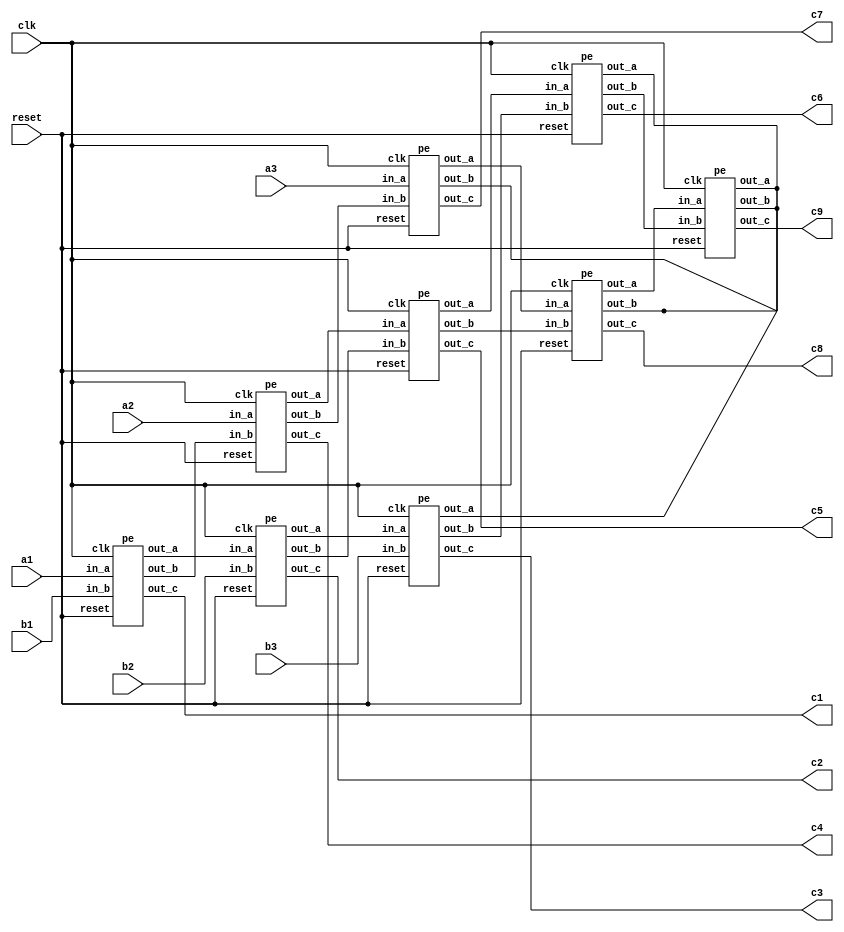
module top(clk,reset,a1,a2,a3,b1,b2,b3,c1,c2,c3,c4,c5,c6,c7,c8,c9);

 parameter data_size=8;
 input wire clk,reset;
 input wire [data_size-1:0] a1,a2,a3,b1,b2,b3;
 output wire [2*data_size:0] c1,c2,c3,c4,c5,c6,c7,c8,c9;
 
 wire [data_size-1:0] a12,a23,a45,a56,a78,a89,b14,b25,b36,b47,b58,b69;
 
 pe pe1 (.clk(clk), .reset(reset), .in_a(a1), .in_b(b1), .out_a(a12), .out_b(b14), .out_c(c1));
 pe pe2 (.clk(clk), .reset(reset), .in_a(a12), .in_b(b2), .out_a(a23), .out_b(b25), .out_c(c2));
 pe pe3 (.clk(clk), .reset(reset), .in_a(a23), .in_b(b3), .out_a(), .out_b(b36), .out_c(c3));
 pe pe4 (.clk(clk), .reset(reset), .in_a(a2), .in_b(b14), .out_a(a45), .out_b(b47), .out_c(c4));
 pe pe5 (.clk(clk), .reset(reset), .in_a(a45), .in_b(b25), .out_a(a56), .out_b(b58), .out_c(c5));
 pe pe6 (.clk(clk), .reset(reset), .in_a(a56), .in_b(b36), .out_a(), .out_b(b69), .out_c(c6));
 pe pe7 (.clk(clk), .reset(reset), .in_a(a3), .in_b(b47), .out_a(a78), .out_b(), .out_c(c7));
 pe pe8 (.clk(clk), .reset(reset), .in_a(a78), .in_b(b58), .out_a(a89), .out_b(), .out_c(c8));
 pe pe9 (.clk(clk), .reset(reset), .in_a(a89), .in_b(b69), .out_a(), .out_b(), .out_c(c9));

endmodule

module pe(clk,reset,in_a,in_b,out_a,out_b,out_c);

 parameter data_size=8;
 input wire reset,clk;
 input wire [data_size-1:0] in_a,in_b;
 output reg [2*data_size:0] out_c;
 output reg [data_size-1:0] out_a,out_b;

 always @(posedge clk)begin
    if(reset) begin
      out_a=0;
      out_b=0;
      out_c=0;
    end
    else begin  
      out_c=out_c+in_a*in_b;
      out_a=in_a;
      out_b=in_b;
    end
 end
 
endmodule